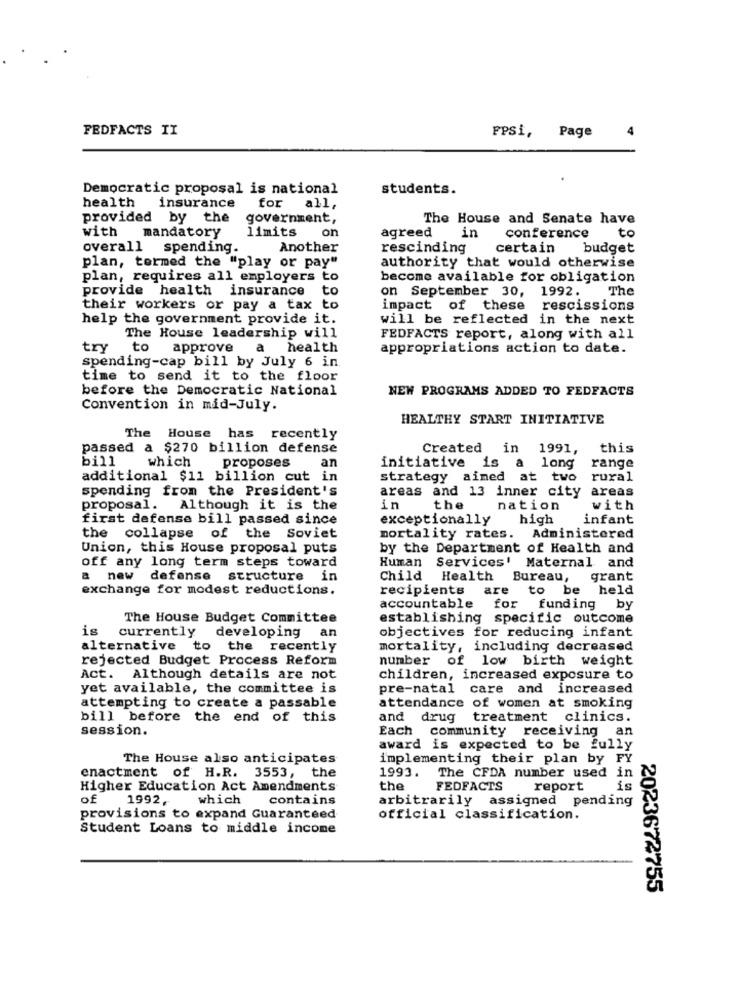
FEDFACTS II
4
FPSi, Page
Democratic proposal is national
students.
health
for
insurance
all,
provided by the
government,
The House and Senate have
with
mandatory
limits
on
agreed
in
conference
to
overall
spending.
Another
rescinding
certain
budget
plan, termed the "play or pay"
authority that would otherwise
plan, requires all employers to
become available for obligation
provide health insurance
to
on September 30, 1992.
The
their workers or pay a tax to
impact of these rescissions
help the government provide it.
will be reflected in the next
The House leadership will
FEDFACTS report, along with all
try
to approve
a
health
appropriations action to date.
spending-cap bill by July 6 in
time to send it to the floor
before the Democratic National
NEW PROGRAMS ADDED TO FEDFACTS
Convention in mid-July.
HEALTHY START INITIATIVE
The House
has recently
passed a $270 billion defense
Created in 1991,
this
bill
which
proposes
an
a long
range
initiative is
additional $11 billion cut in
strategy aimed at two
rural
spending from the President's
areas and 13 inner city
areas
proposal.
Although it is the
in
the
nation
with
first defense bill passed since
exceptionally
high
infant
the collapse of the Soviet
mortality rates. Administered
Union, this House proposal puts
by the Department of Health and
off any long term steps toward
Human
Services' Maternal and
a new defense
structure in
Child
Health
Bureau,
grant
exchange for modest reductions.
recipients
are
to be held
accountable
for funding by
The House Budget Committee
establishing specific outcome
is
currently
an
developing
objectives for reducing infant
alternative to the
recently
mortality, including decreased
rejected Budget Process Reform
number of low birth weight
Act. Although details are not
children, increased exposure to
yet available, the committee is
pre-natal care and increased
attempting to create a passable
attendance of women at smoking
bill before the end of this
and
drug treatment clinics.
session.
Each
community receiving an
award is expected to be fully
The House also anticipates
implementing their plan by FY
enactment of H.R. 3553, the
1993.
The CFDA number used in
Higher Education Act Amendments
the
FEDFACTS
report
is
of 1992,
which
contains
arbitrarily assigned pending
provisions to expand Guaranteed
official classification.
Student Loans to middle income
2023672755